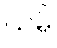
ယမ္ပိ